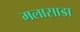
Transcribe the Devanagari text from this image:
मलासाडा